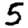
Digit: 5